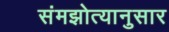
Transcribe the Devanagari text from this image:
संमझोत्यानुसार